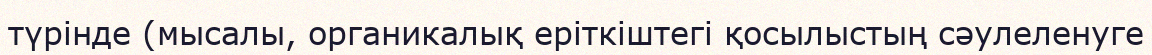
түрінде (мысалы, органикалық еріткіштегі қосылыстың сәулеленуге